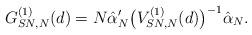
LaTeX: \begin{align*}G_{SN,N}^{(1)}(d)=N\hat{\alpha}_{N}'\bigl(V_{SN,N}^{(1)}(d)\bigr)^{-1}\hat {\alpha}_{N}.\end{align*}